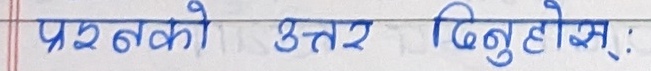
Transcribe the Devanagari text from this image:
प्रश्नको उत्तर दिनुहोस् :